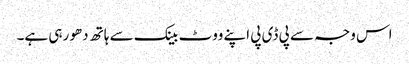
اس وجہ سے پی ڈی پی اپنے ووٹ بینک سے ہاتھ دھو رہی ہے۔